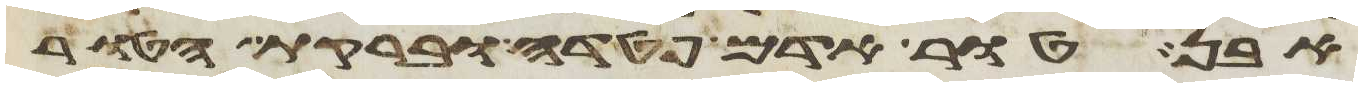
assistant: אבן טור אדם פטדה וברקת הטור